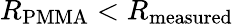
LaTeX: R_{\mathrm{{PMMA}}}<R_{\mathrm{{measured}}}